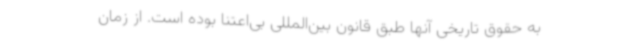
به حقوق تاریخی آنها طبق قانون بین‌المللی بی‌اعتنا بوده است. از زمان